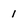
Character: 1